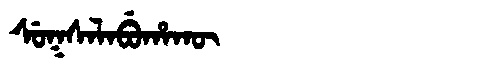
Manchu: ᠰᡠᡴᠰᠠᠯᠠᠪᡠᡥᠠᡴᡡ
Romanization: SUKSALABUHAKŪ